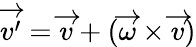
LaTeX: \overrightarrow{v^{\prime}}=\overrightarrow{v}+(\overrightarrow{\omega}\times\overrightarrow{v})